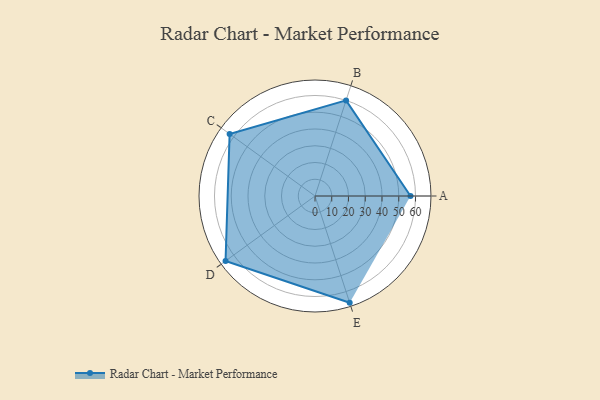
{"axis": {"x": "Skill", "y": "Score"}, "legend": ["Profile"], "data": [{"x": "A", "y": 57.0, "type": "Profile"}, {"x": "B", "y": 60.0, "type": "Profile"}, {"x": "C", "y": 63.0, "type": "Profile"}, {"x": "D", "y": 66.0, "type": "Profile"}, {"x": "E", "y": 67.0, "type": "Profile"}]}